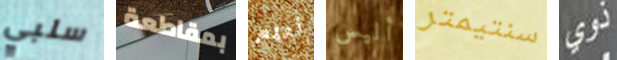
سلبي بمقاطعة أعلم أليس سنتيمتر ذوي